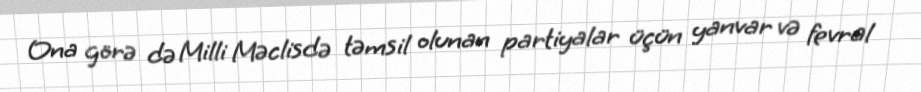
Ona görə də Milli Məclisdə təmsil olunan partiyalar üçün yanvar və fevral